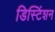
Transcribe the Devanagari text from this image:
डिस्टिंशन